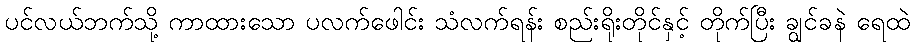
ပင်လယ်ဘက်သို့ ကာထားသော ပလက်ဖေါင်း သံလက်ရန်း စည်းရိုးတိုင်နှင့် တိုက်ပြီး ချွင်ခနဲ ရေထဲ